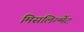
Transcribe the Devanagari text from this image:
मिसलिग्न्मेंट